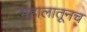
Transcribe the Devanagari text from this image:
महालातूनच